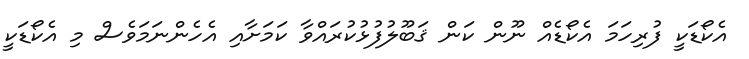
އެކޯޑަކީ ފުރިހަމަ އެކޯޑެއް ނޫން ކަން ޤަބޫލުފުޅުކުރައްވާ ކަމަށާއި އެހެންނަމަވެސް މި އެކޯޑަކީ